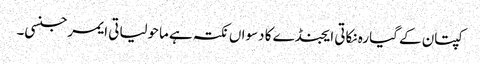
کپتان کے گیارہ نکاتی ایجنڈے کا دسواں نکتہ ہے ماحولیاتی ایمرجنسی۔